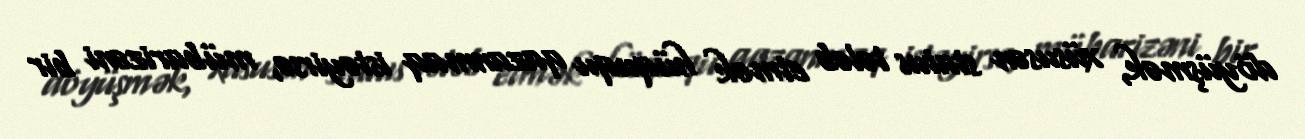
döyüşmək, xüsusən status tələb etmək hüququ qazanmaq istəyirsə, mübarizəni bir